Report of the Indian Hemp Drugs Commission, 1894-1895 - Volume III
Year: 1894
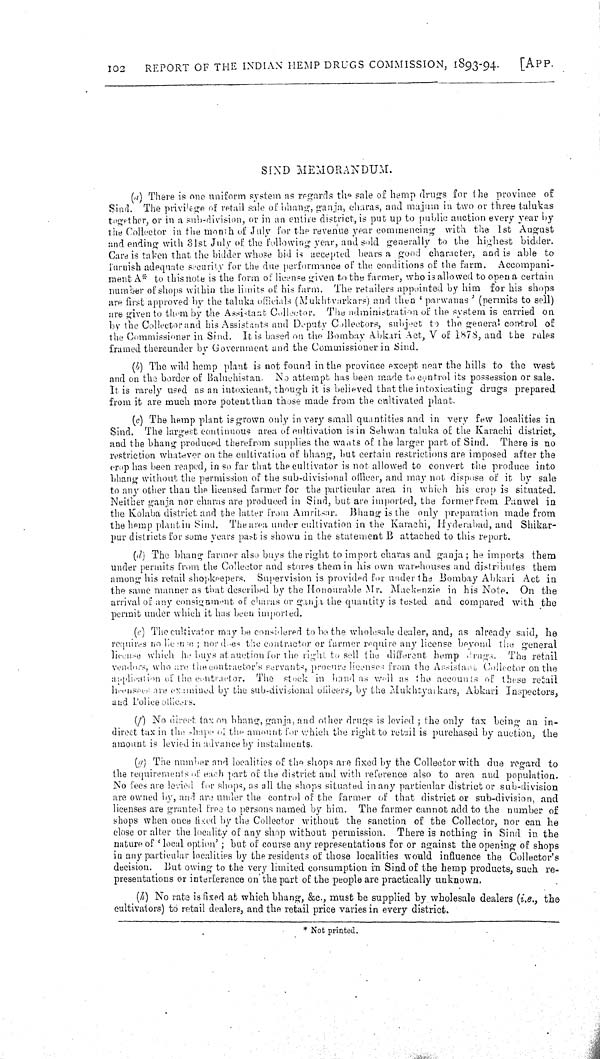
102
REPORT OF THE INDIAN HEMP DRUGS COMMISSION, 1893-94.
[APP.
SIND MEMORANDUM.
(a) There is one uniform system as regards the sale of hemp drugs for the province of
Sind. The privilege of retail sale of bhang, ganja, charas, and majum in two or three talukas
together, or in a sub-division, or in an entire district, is put up to public auction every year by
the Collector in the month of July for the revenue year commencing with the 1st August
and ending with 31st July of the following year, and sold generally to the highest bidder.
Care is taken that the bidder whose bid is accepted bears a good character, and is able to
furnish adequate security for the due performance of the conditions of the farm. Accompani-
ment A* to this note is the form of license given to the farmer, who is allowed to open a certain
number of shops within the limits of his farm. The retailers appointed by him for his shops
are first approved by the taluka officials (Mukhtvarkars) and then 'parwanas' (permits to sell)
are given to them by the Assistant Collector. The administration of the system is carried on
by the Collector and his Assistants and Deputy Collectors, subject to the general control of
the Commissioner in Sind. It is based on the Bombay Abkari Act, V of 1878, and the rules
framed thereunder by Government and the Commissioner in Sind.
(b) The wild hemp plant is not found in the province except near the hills to the west
and on the border of Baluchistan. No attempt has been made to control its possession or sale.
It is rarely used as an intoxicant, though it is believed that the intoxicating drugs prepared
from it are much more potent than those made from the cultivated plant.
(c) The hemp plant is grown only in very small quantities and in very few localities in
Sind. The largest continuous area of cultivation is in Sehwan taluka of the Karachi district,
and the bhang produced therefrom supplies the wants of the larger part of Sind. There is no
restriction whatever on the cultivation of bhang, but certain restrictions are imposed after the
crop has been reaped, in so far that the cultivator is not allowed to convert the produce into
bhang without the permission of the sub-divisional officer, and may not dispose of it by sale
to any other than the licensed farmer for the particular area in which his crop is situated.
Neither ganja nor charas are produced in Sind, but are imported, the former from Panwel in
the Kolaba district and the latter from Amritsar. Bhang is the only preparation made from
the hemp plant in Sind. The area under cultivation in the Karachi, Hyderabad, and Shikar-
pur districts for some years past is shown in the statement B attached to this report.
(d) The bhang farmer also buys the right to import charas and ganja; he imports them
under permits from the Collector and stores them in his own warehouses and distributes them
among his retail shopkeepers. Supervision is provided for under the Bombay Abkari Act in
the same manner as that described by the Honourable Mr. Mackenzie in his Note. On the
arrival of any consignment of charas or ganja the quantity is tested and compared with the
permit under which it has been imported.
(e) The cultivator may be considered to be the wholesale dealer, and, as already said, he
requires no license; nor does the contractor or farmer require any license beyond the general
license which he buys at auction for the right to sell the different hemp drugs. The retail
vendors, who are the contractor's servants, procure licenses from the Assistant Collector on the
application of the contractor. The stock in hand as well as the accounts of these retail
licensecs are examined by the sub-divisional officers, by the Mukhtyarkars, Abkari Inspectors,
and Police officers.
(f) No direct tax on bhang, ganja, and other drugs is levied; the only tax being an in-
direct tax in the shape of the amount for which the right to retail is purchased by auction, the
amount is levied in advance by instalments.
(g) The number and localities of the shops are fixed by the Collector with due regard to
the requirements of each part of the district and with reference also to area and population.
No fees are levied for shops, as all the shops situated in any particular district or sub-division
are owned by, and are under the control of the farmer of that district or sub-division, and
licenses are granted tree to persons named by him. The farmer cannot add to the number of
shops when once fixed by the Collector without the sanction of the Collector, nor can he
close or alter the locality of any shop without permission. There is nothing in Sind in the
nature of 'local option'; but of course any representations for or against the opening of shops
in any particular localities by the residents of those localities would influence the Collector's
decision. But owing to the very limited consumption in Sind of the hemp products, such re-
presentations or interference on the part of the people are practically unknown.
(h) No rate is fixed at which bhang, &c., must be supplied by wholesale dealers (i.e., the
cultivators) to retail dealers, and the retail price varies in every district.
* Not printed.